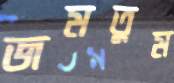
জমতুম